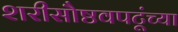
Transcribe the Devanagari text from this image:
शरीसौष्ठवपटूंच्या